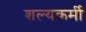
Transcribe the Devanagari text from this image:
शल्यकर्मी